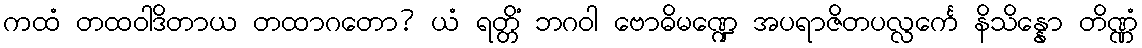
ကထံ တထဝါဒိတာယ တထာဂတော? ယံ ရတ္တိံ ဘဂဝါ ဗောဓိမဏ္ဍေ အပရာဇိတပလ္လင်္ကေ နိသိန္နော တိဏ္ဏံ